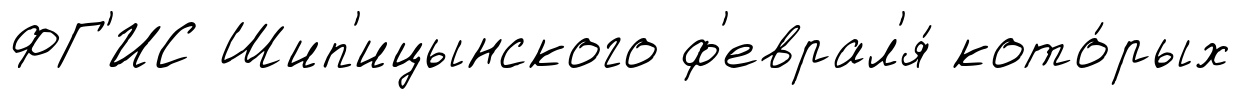
ФГ'ИС Шип'ицынского ф'еврал'я́ кото́рых